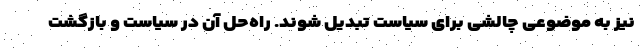
نیز به موضوعی چالشی برای سیاست تبدیل شوند. راه‌حل آن در سیاست و بازگشت